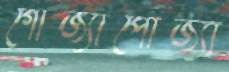
গোজ্যাপোজ্যা